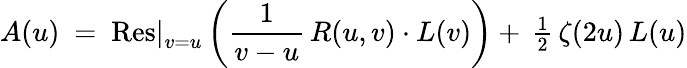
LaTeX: A(u)~=~\mathrm{Res}\vert_{v=u}^{}\left({\frac{1}{v-u}}\, R(u,v)\cdot L(v)\right)+\, {\textstyle{\frac{1}{2}}}\, \zeta(2u)\, L(u)